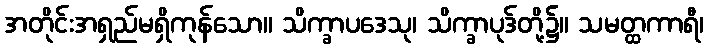
အတိုင်းအရှည်မရှိကုန်သော။ သိက္ခာပဒေသု၊ သိက္ခာပုဒ်တို့၌။ သမတ္ထကာရီ၊